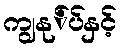
ကျွနု်ပ်နှင့်